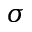
\sigma